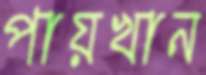
পায়খান